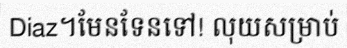
Diaz។មែនទែនទៅ! លុយសម្រាប់